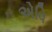
એવિ